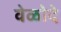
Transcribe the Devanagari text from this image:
वेळोदे